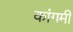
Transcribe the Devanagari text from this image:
कांगमी